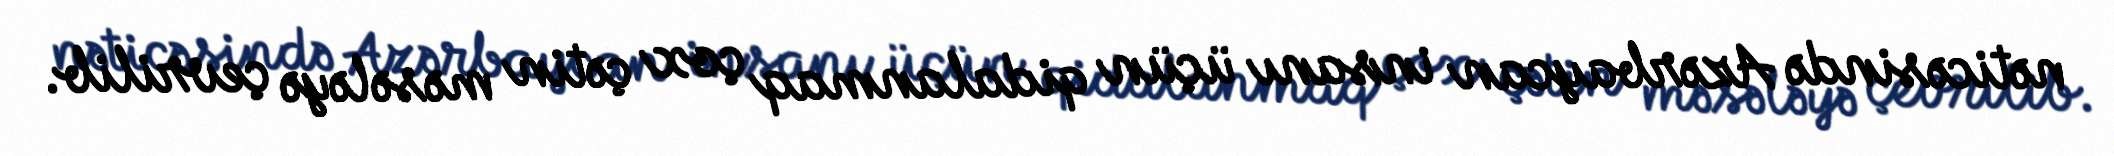
nəticəsində Azərbaycan insanı üçün qidalanmaq çox çətin məsələyə çevrilib.